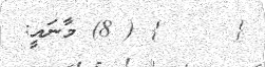
{     } ( 8) މާނައީ: